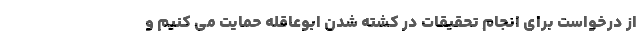
از درخواست برای انجام تحقیقات در کشته شدن ابوعاقله حمایت می کنیم و